Dysentery in Hazaribagh Central Jail - Number 52
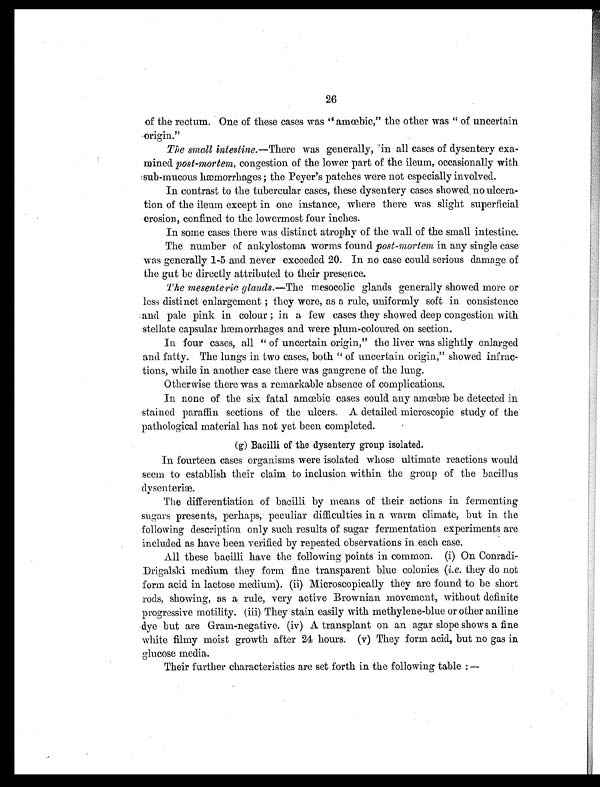
26
of the rectum. One of these cases was " amœbic," the other was " of uncertain
orign."
The small intestine. —There was generally, in all cases of dysentery exa-
mined post-mortem, congestion of the lower part of the ileum, occasionally with
sub-mucous hæmorrhages ; the Peyer's patches were not especially involved.
In contrast to the tubercular cases, these dysentery cases showed, no ulcera-
tion of the ileum except in one instance, where there was slight superficial
erosion, confined to the lowermost four inches.
In some cases there was distinct atrophy of the wall of the small intestine.
The number of ankylostoma worms found post-mortem in any single case
was generally 1-5 and never exceeded 20. In no case could serious damage of
the gut be directly attributed to their presence.
The mesenteric glands. —The mesocolic glands generally showed more or
less distinct enlargement ; they were, as a rule, uniformly soft in consistence
and pale pink in colour ; in a few cases they showed deep congestion with
stellate capsular hæmorrhages and were plum-coloured on section.
In four cases, all " of uncertain origin," the liver was slightly enlarged
and fatty. The lungs in two cases, both " of uncertain origin," showed infrac-
tions, while in another case there was gangrene of the lung.
Otherwise there was a remarkable absence of complications.
In none of the six fatal amœbic cases could any amœbæ be detected in
stained paraffin sections of the ulcers. A detailed microscopic study of the
pathological material has not yet been completed.
(g) Bacilli of the dysentery group isolated.
In fourteen cases organisms were isolated whose ultimate reactions would
seem to establish their claim to inclusion within the group of the bacillus
dysenteriæ.
The differentiation of bacilli by means of their actions in fermenting
sugars presents, perhaps, peculiar difficulties in a warm climate, but in the
following description only such results of sugar fermentation experiments are
included as have been verified by repeated observations in each case.
All these bacilli have the following points in common. (i) On Conradi-
Drigalski medium they form fine transparent blue colonies ( i.e. they do not
form acid in lactose medium). (ii) Microscopically they are found to be short
rods, showing, as a rule, very active Brownian movement, without definite
progressive motility. (iii) They stain easily with methylene-blue or other aniline
dye but are Gram-negative. (iv) A transplant on an agar slope shows a fine
white filmy moist growth after 24 hours. (v) They form acid, but no gas in
glucose media.
Their further characteristics are set forth in the following table :—